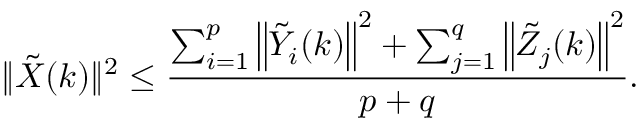
\| \tilde { X } ( k ) \| ^ { 2 } \leq \frac { \sum _ { i = 1 } ^ { p } \left\| \tilde { Y } _ { i } ( k ) \right\| ^ { 2 } + \sum _ { j = 1 } ^ { q } \left\| \tilde { Z } _ { j } ( k ) \right\| ^ { 2 } } { p + q } .